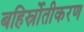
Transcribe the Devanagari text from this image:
बहिर्स्रोतीकरण